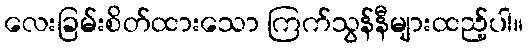
လေးခြမ်းစိတ်ထားသော ကြက်သွန်နီများထည့်ပါ။